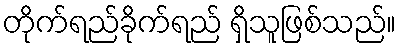
တိုက်ရည်ခိုက်ရည် ရှိသူဖြစ်သည်။